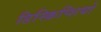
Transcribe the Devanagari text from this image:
डिस्क्रिप्शियो